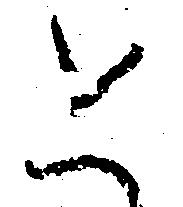
と